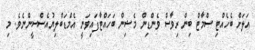
އަލަށް ބެހެއްޓި ސްމާޓް ބިން ރިވާސް ވެންޑިން މެޝިން ބަހައްޓާފައިވަނީ އެމްޑަބްލިޔުއެސްސީންނެވެ. މި